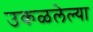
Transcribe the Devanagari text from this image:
उकळलेल्या